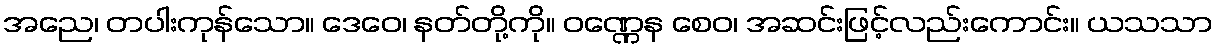
အညေ၊ တပါးကုန်သော။ ဒေဝေ၊ နတ်တို့ကို။ ဝဏ္ဏေန စေဝ၊ အဆင်းဖြင့်လည်းကောင်း။ ယသသာ